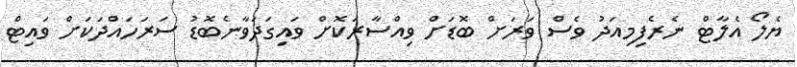
ޔެލޯ އެލާޓް ނެރެފިމިއަދު ވެސް ވަރަށް ބޮޑަށް ވިއްސާރަކޮށް ވައިގަަދަވާނެބޮޑު ސަރަހައްދަކަށް ވައިޓް